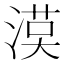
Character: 𱧻